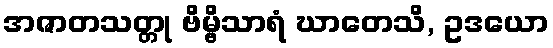
အဇာတသတ္တု ဗိမ္ဗိသာရံ ဃာတေသိ, ဥဒယော